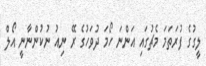
ލީގުގެ ފުރަތަމަ މެޗުގައި އަންނަ ހޯމަ ދުވަހުގެ ރޭ ނިއު ނުކުންނާނީ އޯލް